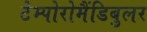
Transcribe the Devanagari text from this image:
टेम्पोरोमैंडिबुलर